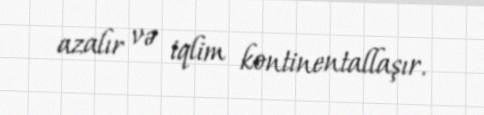
azalır və iqlim kontinentallaşır.